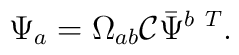
\Psi_{ a }=\Omega_{ a  b  }{\cal C}\bar\Psi^{ b  \ T}.